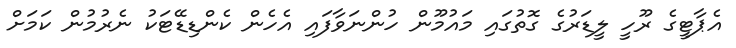
އެޕާޓީގެ ރޫހީ ލީޑަރުގެ ގޮތުގައި މައުމޫން ހުންނަވާފައި އެހެން ކެންޑިޑޭޓަކު ނެރުމުން ކަމަށް